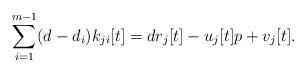
\begin{align*}\sum_{i=1}^{m-1}(d-d_{i})k_{ji}[t]=dr_{j}[t]-u_{j}[t]p+v_{j}[t].\end{align*}